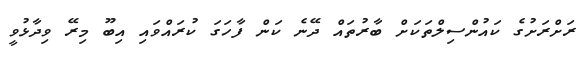
ރަށްރަށުގެ ކައުންސިލްތަކަށް ބާރުތައް ދޭނެ ކަން ފާހަގަ ކުރައްވައި އިބޫ މިރޭ ވިދާޅުވީ